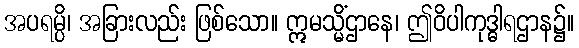
အပရမ္ပိ၊ အခြားလည်း ဖြစ်သော။ ဣမသ္မိံဌာနေ၊ ဤဝိပါကုဒ္ဓါရဌာန၌။